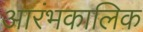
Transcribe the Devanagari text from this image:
आरंभकालिक